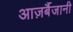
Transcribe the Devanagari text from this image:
आज़र्बैजानी